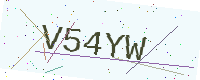
Text: V54YW